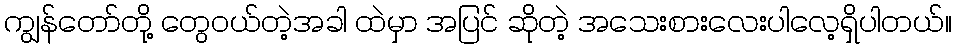
ကျွန်တော်တို့ တွေဝယ်တဲ့အခါ ထဲမှာ အပြင် ဆိုတဲ့ အသေးစားလေးပါလေ့ရှိပါတယ်။